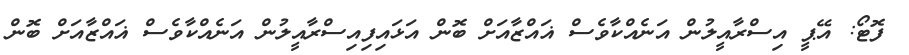
ފޮޓޯ: އޭޕީ އިސްރާއީލުން އަނެއްކާވެސް ޣައްޒާއަށް ބޮން އަޅައިފިއިސްރާއީލުން އަނެއްކާވެސް ޣައްޒާއަށް ބޮން